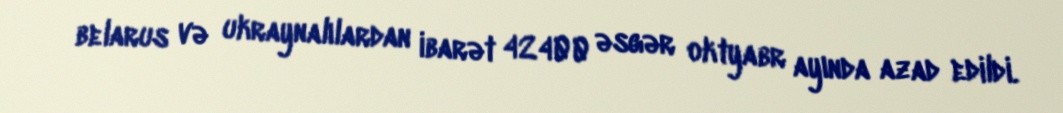
belarus və ukraynalılardan ibarət 42400 əsgər oktyabr ayında azad edildi.